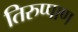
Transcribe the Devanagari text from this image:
तिरुप्पाण